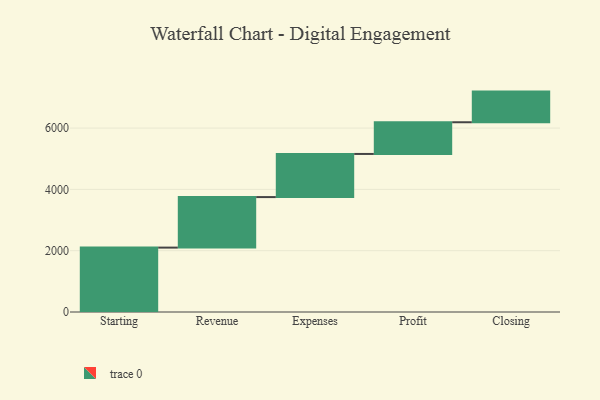
{"axis": {"x": "Step", "y": "Value"}, "legend": [""], "data": [{"x": "Starting", "y": 2101.0, "type": ""}, {"x": "Revenue", "y": 1648.0, "type": ""}, {"x": "Expenses", "y": 1407.0, "type": ""}, {"x": "Profit", "y": 1034.0, "type": ""}, {"x": "Closing", "y": 1000, "type": ""}]}